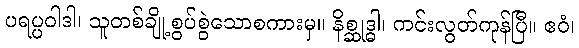
ပရပ္ပဝါဒါ၊ သူတစ်ချို့စွပ်စွဲသောစကားမှ။ နိစ္ဆုဒ္ဓါ၊ ကင်းလွတ်ကုန်ပြီ။ ဧဝံ၊